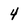
Character: 4